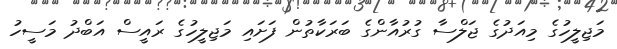
މަޖިލީހުގެ މިއަދުގެ ޖަލްސާ ގުރުއާންގެ ބަރަކާތުން ފަށައި މަޖިލީހުގެ ރައީސް އަބްދު މަސީހު